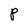
Character: P